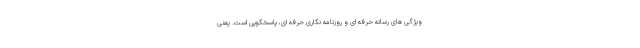
ویژگی های رسانه حرفه ای و روزنامه نگاری حرفه ای، پاسخگویی است. یعنی